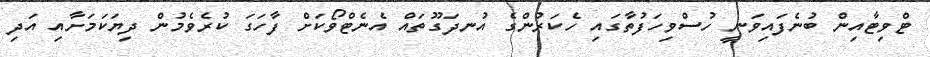
ޓްވިޓާއިން ބުނެފައިވަނީ ހުސްވިހަފުތާގައި ހެކަރުންގެ އުނދަގޫތައް އެނެޓްވޯކަށް ފާހަގަ ކުރެވެމުން ދިޔަކަމަށާއި އަދި